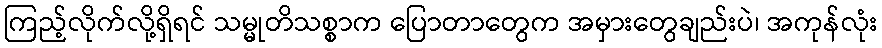
ကြည့်လိုက်လို့ရှိရင် သမ္မုတိသစ္စာက ပြောတာတွေက အမှားတွေချည်းပဲ၊ အကုန်လုံး